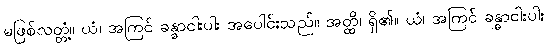
မဖြစ်လတ္တံ့။ ယံ၊ အကြင် ခန္ဓာငါးပါး အပေါင်းသည်။ အတ္ထိ၊ ရှိ၏။ ယံ၊ အကြင် ခန္ဓာငါးပါး